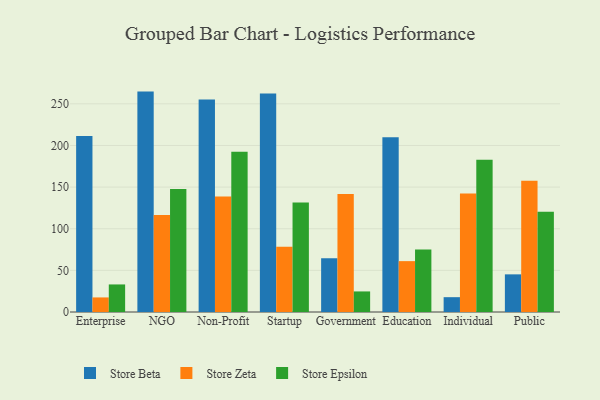
{"axis": {"x": "Segment", "y": "Demand Index"}, "legend": ["Store Beta", "Store Epsilon", "Store Zeta"], "data": [{"x": "Enterprise", "y": 211.4, "type": "Store Beta"}, {"x": "Enterprise", "y": 17.5, "type": "Store Zeta"}, {"x": "Enterprise", "y": 33.1, "type": "Store Epsilon"}, {"x": "NGO", "y": 264.7, "type": "Store Beta"}, {"x": "NGO", "y": 116.6, "type": "Store Zeta"}, {"x": "NGO", "y": 147.7, "type": "Store Epsilon"}, {"x": "Non-Profit", "y": 255.1, "type": "Store Beta"}, {"x": "Non-Profit", "y": 138.7, "type": "Store Zeta"}, {"x": "Non-Profit", "y": 192.4, "type": "Store Epsilon"}, {"x": "Startup", "y": 262.4, "type": "Store Beta"}, {"x": "Startup", "y": 78.4, "type": "Store Zeta"}, {"x": "Startup", "y": 131.6, "type": "Store Epsilon"}, {"x": "Government", "y": 64.5, "type": "Store Beta"}, {"x": "Government", "y": 141.7, "type": "Store Zeta"}, {"x": "Government", "y": 24.7, "type": "Store Epsilon"}, {"x": "Education", "y": 209.8, "type": "Store Beta"}, {"x": "Education", "y": 61.1, "type": "Store Zeta"}, {"x": "Education", "y": 75.0, "type": "Store Epsilon"}, {"x": "Individual", "y": 17.8, "type": "Store Beta"}, {"x": "Individual", "y": 142.2, "type": "Store Zeta"}, {"x": "Individual", "y": 182.9, "type": "Store Epsilon"}, {"x": "Public", "y": 45.2, "type": "Store Beta"}, {"x": "Public", "y": 157.6, "type": "Store Zeta"}, {"x": "Public", "y": 120.3, "type": "Store Epsilon"}]}